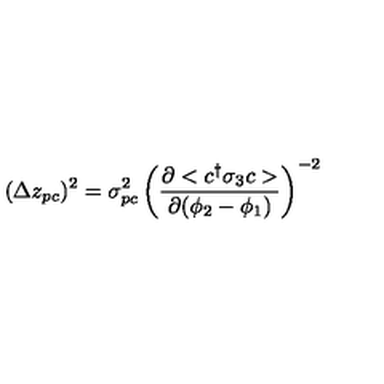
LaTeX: ( \Delta z _ { p c } ) ^ { 2 } = \sigma _ { p c } ^ { 2 } \left( \frac { \partial < c ^ { \dag } \sigma _ { 3 } c > } { \partial ( \phi _ { 2 } - \phi _ { 1 } ) } \right) ^ { - 2 }